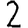
Digit: 2